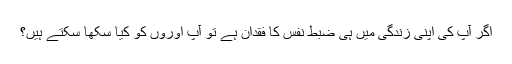
اگر آپ کی اپنی زندگی میں ہی ضبط نفس کا فقدان ہے تو آپ اوروں کو کیا سکھا سکتے ہیں؟